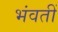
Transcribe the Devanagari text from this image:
भंवतीं